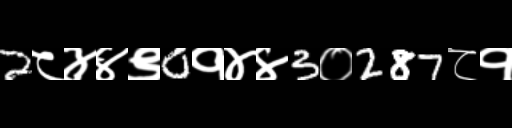
Text: 2८४४९0१४४3०287८१